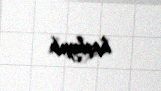
başlayıb.